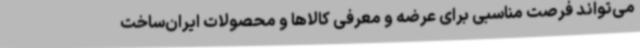
می‌تواند فرصت مناسبی برای عرضه و معرفی کالاها و محصولات ایران‌ساخت